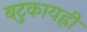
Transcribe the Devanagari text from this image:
बटुकायह्रीं